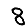
Digit: 8